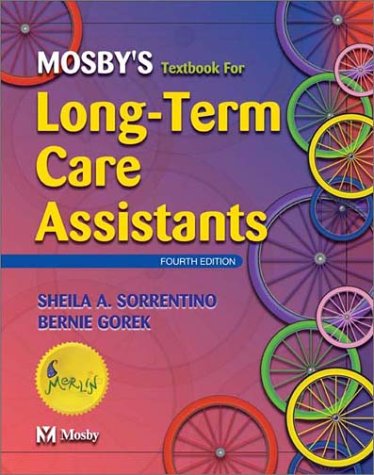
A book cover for Mosby's Textbook for Long-Term Care Assistants, 4e; Sheila A. Sorrentino PhD  RN; Medical Books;